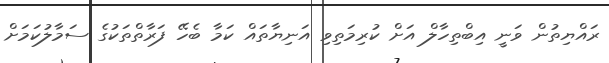
ރައްޔިތުން ވަނީ އިބްތިހާލް އަށް ކުުރިމަތިވި އަނިޔާތައް ކަމާ ބެހޭ ފަރާތްތަކުގެ ސަމާލުކަމަށް